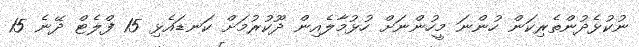
ނުކުޅެދުންތެރިކަން ހުންނަ މީހުންނަށް ހުޅުމާލެއިން ދޫކުރުމަށް ކަނޑައެޅި 15 ފްލެޓް ދޭނެ 15